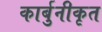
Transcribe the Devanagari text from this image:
कार्बुनीकृत